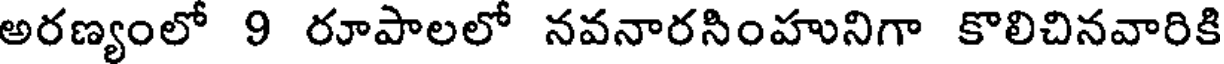
అరణ్యంలో 9 రూపాలలో నవనారసింహునిగా కొలిచినవారికి